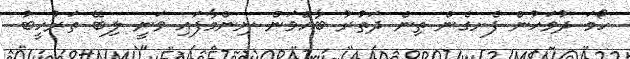
ހޯމަ ދުވަހުން ފެށގެން ތިން ދަތުރު ބާއްވަން ނިންމާފައި ވަނީ ލިބޭ ތަރުހީބު